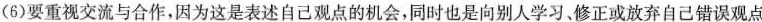
(6)要重视交流与合作，因为这是表述自己观点的机会，同时也是向别人学习、修正或放弃自己错误观点